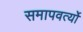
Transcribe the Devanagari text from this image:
समापवर्त्यो